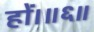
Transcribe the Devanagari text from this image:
हों।॥६॥